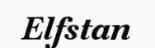
Elfstan